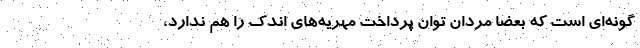
گونه‌ای است که بعضا مردان توان پرداخت مهریه‌های اندک را هم ندارد،